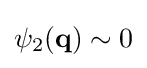
\psi _{2}(\mathbf {q} )\sim 0